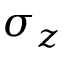
\sigma _ { z }